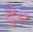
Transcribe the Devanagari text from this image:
दे०